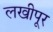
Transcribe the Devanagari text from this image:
लखीपूर